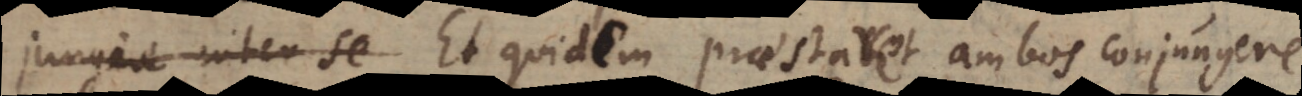
jungere inter se Et quidem praestaret ambos conjungere